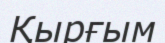
Қырғым